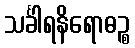
သင်္ခါရနိရောဓဉ္စ